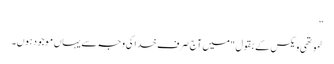
”
ٹموتھی ویکس کے بقول "میں آج صرف خدا کی وجہ سے یہاں موجود ہوں۔